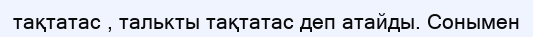
тақтатас , талькты тақтатас деп атайды. Сонымен